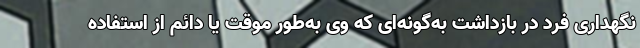
نگهداری فرد در بازداشت به‌گونه‌ای که وی به‌طور موقت یا دائم از استفاده